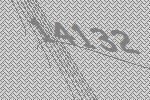
14132